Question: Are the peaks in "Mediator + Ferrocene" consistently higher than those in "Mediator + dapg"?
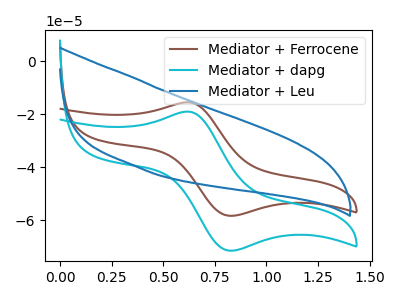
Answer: <think>The brown curve "Mediator + Ferrocene" has an anodic peak at (0.60V, -15.60uA) and a cathodic peak at (0.80V, -58.35uA). The cyan curve "Mediator + dapg" has an anodic peak at (0.60V, -19.10uA) and a cathodic peak at (0.80V, -71.50uA). The blue curve "Mediator + Leu" has no peaks.</think>
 <answer>The peaks in "Mediator + Ferrocene" are neither all higher or all lower than the peaks in "Mediator + dapg".</answer>
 <eval>mixed</eval>